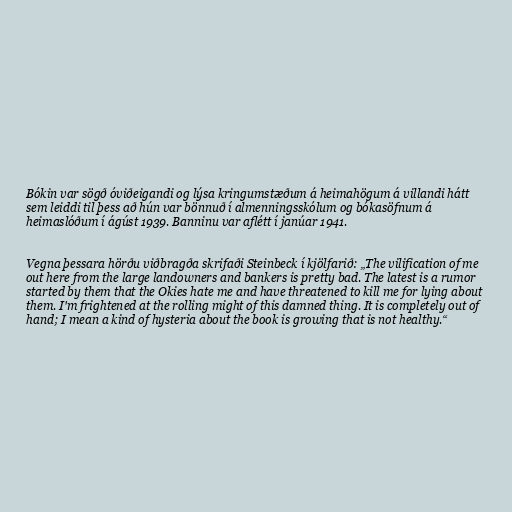
Bókin var sögð óviðeigandi og lýsa kringumstæðum á heimahögum á villandi hátt
sem leiddi til þess að hún var bönnuð í almenningsskólum og bókasöfnum á
heimaslóðum í ágúst 1939. Banninu var aflétt í janúar 1941.

Vegna þessara hörðu viðbragða skrifaði Steinbeck í kjölfarið: „The vilification of me
out here from the large landowners and bankers is pretty bad. The latest is a rumor
started by them that the Okies hate me and have threatened to kill me for lying about
them. I'm frightened at the rolling might of this damned thing. It is completely out of
hand; I mean a kind of hysteria about the book is growing that is not healthy.“